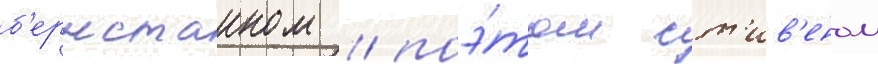
б'ернстаином / поэ́том ст'ив'еном